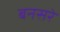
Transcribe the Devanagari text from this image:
बनसरे